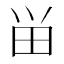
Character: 畄